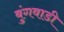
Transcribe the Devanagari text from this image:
बुंगवाडी